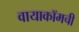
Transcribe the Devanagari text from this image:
वायाकॉमची